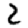
Digit: 2